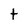
Character: t